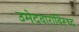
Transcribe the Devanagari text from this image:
उमेदवारांविरूध्द